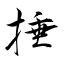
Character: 捶